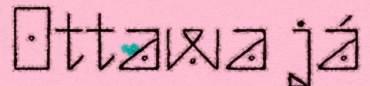
Ottawa já